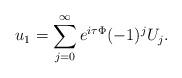
LaTeX: \begin{align*} u_1=\sum_{j=0}^\infty e^{i\tau \Phi}(-1)^jU_j.\end{align*}